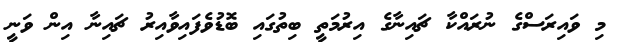
މި ވައިރަސްގެ ނުރައްކާ ޗައިނާގެ އިރުމަތީ ބިތުގައި ބޮޑުވެފައިވާއިރު ޗައިނާ އިން ވަނީ